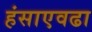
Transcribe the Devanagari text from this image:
हंसाएवढा